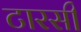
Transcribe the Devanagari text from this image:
टारसी